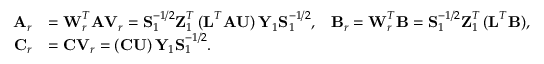
\begin{array} { r l r } { { \textbf A } _ { r } } & { = { \textbf W } _ { r } ^ { T } { \textbf A } { \textbf V } _ { r } = { \textbf S } _ { 1 } ^ { - 1 / 2 } { \textbf Z } _ { 1 } ^ { T } \, ( { \textbf L } ^ { T } { \textbf A } { \textbf U } ) \, { \textbf Y } _ { 1 } { \textbf S } _ { 1 } ^ { - 1 / 2 } , } & { { \textbf B } _ { r } = { \textbf W } _ { r } ^ { T } { \textbf B } = { \textbf S } _ { 1 } ^ { - 1 / 2 } { \textbf Z } _ { 1 } ^ { T } \, ( { \textbf L } ^ { T } { \textbf B } ) , } \\ { { \textbf C } _ { r } } & { = { \textbf C } { \textbf V } _ { r } = ( { \textbf C } { \textbf U } ) \, { \textbf Y } _ { 1 } { \textbf S } _ { 1 } ^ { - 1 / 2 } . } \end{array}